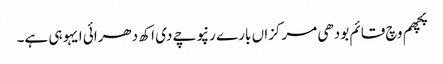
پچھم وچ قائم بودھی مرکزاں بارے رنپوچے دی اکھ دھرائی ایہو ہی ہے۔